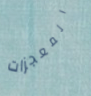
المعجزات